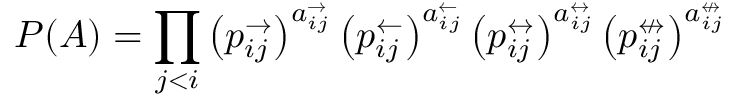
P ( A ) = \prod _ { j < i } \left( p _ { i j } ^ { \rightarrow } \right) ^ { a _ { i j } ^ { \rightarrow } } \left( p _ { i j } ^ { \leftarrow } \right) ^ { a _ { i j } ^ { \leftarrow } } \left( p _ { i j } ^ { \leftrightarrow } \right) ^ { a _ { i j } ^ { \leftrightarrow } } \left( p _ { i j } ^ { \nleftrightarrow } \right) ^ { a _ { i j } ^ { \nleftrightarrow } }